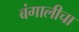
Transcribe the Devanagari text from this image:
बंगालीचा